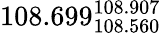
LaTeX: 108.699_{108.560}^{108.907}